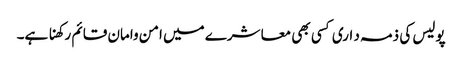
پولیس کی ذمہ د اری کسی بھی معا شرے میں امن وامان قائم رکھنا ہے۔